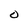
Character: O